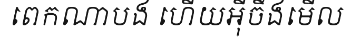
ពេកណាបង ហើយអ៊ីចឹងមើល